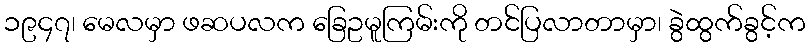
၁၉၄၇၊ မေလမှာ ဖဆပလက ခြေဥမူကြမ်းကို တင်ပြလာတာမှာ၊ ခွဲထွက်ခွင့်က